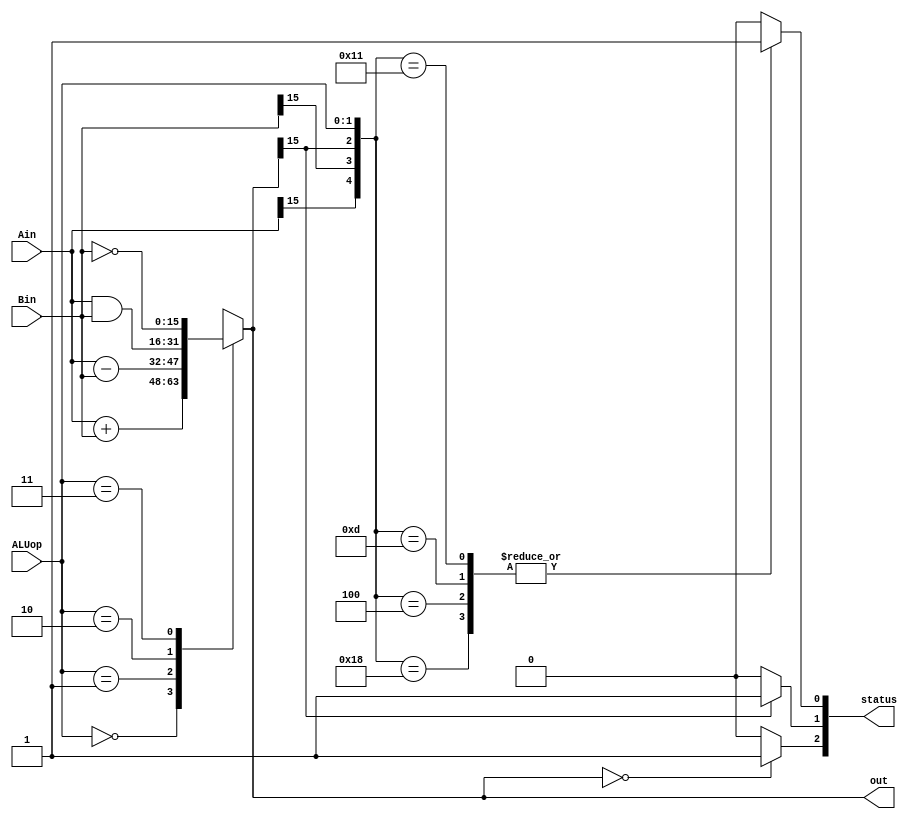
module ALU(Ain, Bin, ALUop, out, status);
  input [15:0] Ain, Bin;
  input [1:0] ALUop;
  output reg [15:0] out;
  output reg [2:0] status;
  //wire subtract;//, ovf;
  //wire ovf;
  //wire [15:0] out2;

  //reg[15:0] out;
  //reg Z, N, V;
  
  reg subtract;
  
  //check if subtraction
  always @* begin 
    case(ALUop) 
      2'b01: subtract = 1'b1;    
      default: subtract = 1'b0;
    endcase
  end


  // //to get overflow ovf
  // AddSub #16 adds(Ain,Bin,subtract,out2,ovf);

//Whenever ALUop changes, the operation changes, so we use an always block and 
//a case statement to show the different outcomes of each operation
  always @* begin
    case(ALUop)
      2'b00: out = Ain + Bin;
      2'b01: out = Ain - Bin;         
      2'b10: out = Ain & Bin;
      2'b11: out = ~Bin;
      default: out = 16'bxxxxxxxxxxxxxxxx; //Assign don't cares to default to prevent latches
    endcase

    case(out) //Zero flag
      16'b0: status[2] = 1'b1;
      default: status[2] = 1'b0;
    endcase

    casex(out) //Negative flag
      16'b1xxxxxxxxxxxxxxx: status[1] = 1'b1;
      default: status[1] = 1'b0;
    endcase

    case ({Ain[15], Bin[15], out[15], ALUop}) //overflow flag
      {1'b1, 1'b1, 1'b0, 2'b00}: status[0] = 1'b1;  //overflow if result of adding 2 neg numbers = pos number
      {1'b0, 1'b0, 1'b1, 2'b00}: status[0] = 1'b1;  //overflow if result of adding 2 pos numbers = neg number
      {1'b0, 1'b1, 1'b1, 2'b01}: status[0] = 1'b1;  //overflow if result of subtracting a neg number from a pos number = neg number
      {1'b1, 1'b0, 1'b0, 2'b01}: status[0] = 1'b1;  //overflow if result of subtracting a pos number from a neg number = pos number
      default: status[0] = 1'b0;
    endcase

    // case(ovf) //Overflow flag
    //   1'b1: status[2] = 1'b1;
    //   default: status[2] = 1'b0;
    // endcase
  end
endmodule

// //from slideset 6
// // add a+b or subtract a-b, check for overflow
// module AddSub(a,b,sub,s,ovf) ;
//   parameter n = 8 ;
//   input [n-1:0] a, b ;
//   input sub ;           // subtract if sub=1, otherwise add
//   output [n-1:0] s ;
//   output ovf ;          // 1 if overflow
//   wire c1, c2 ;         // carry out of last two bits
//   wire ovf = c1 ^ c2 ;  // overflow if signs don't match


//   // add non sign bits
//   Adder1 #(n-1) ai(a[n-2:0],b[n-2:0]^{n-1{sub}},sub,c1,s[n-2:0]) ;
//   // add sign bits
//   Adder1 #(1)   as(a[n-1],b[n-1]^sub,c1,c2,s[n-1]) ;
// endmodule

// //from slideset 6
// // multi-bit adder - behavioral
// module Adder1(a,b,cin,cout,s) ;
//   parameter n = 8 ;
//   input [n-1:0] a, b ;
//   input cin ;
//   output [n-1:0] s ;
//   output cout ;
//   //wire [n-1:0] s;
//   wire cout ;

//   assign {cout, s} = a + b + cin ;
// endmodule